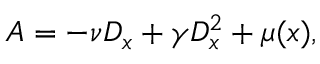
\b { A } = - \nu \b { D } _ { x } + \gamma \b { D } _ { x } ^ { 2 } + \mu ( x ) ,